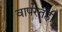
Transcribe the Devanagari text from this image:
वापरतही